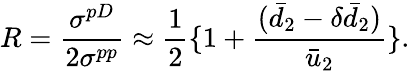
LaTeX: R=\frac{\sigma^{pD}}{2\sigma^{pp}}\approx\frac{1}{2}\{ 1+\frac{(\bar{d}_{2}-\delta\bar{d}_{2})}{\bar{u}_{2}}\} .